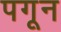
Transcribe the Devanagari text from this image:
पगून